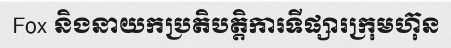
Fox និងនាយកប្រតិបត្តិការទីផ្សារក្រុមហ៊ុន